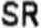
SR